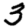
Digit: 3